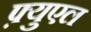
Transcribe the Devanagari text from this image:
फ़्युएल